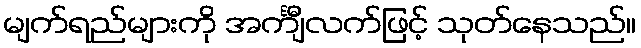
မျက်ရည်များကို အင်္ကျီလက်ဖြင့် သုတ်နေသည်။